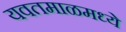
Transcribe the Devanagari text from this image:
यवतमाळमध्ये